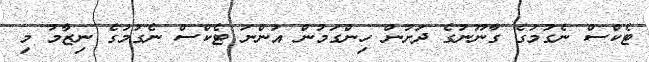
ޓެކްސް ނެގުމުގެ ގާނޫނުގެ ދަށުން ހިންގަމުން އަންނަ ޓެކްސް ނެގުމުގެ ނިޒާމު މި